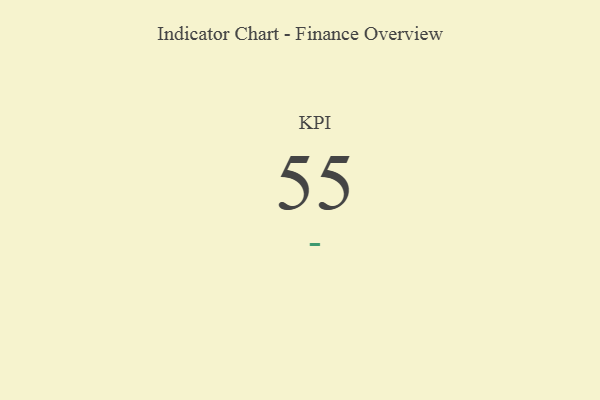
{"axis": {"x": "KPI", "y": "Value"}, "legend": [""], "data": [{"x": "KPI", "y": 55, "type": ""}]}